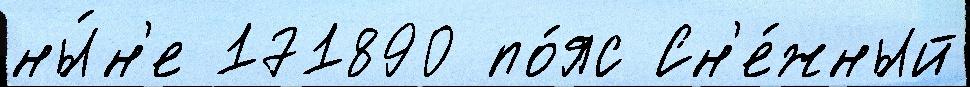
ны́н'е 171890 по́яс Сн'е́жный